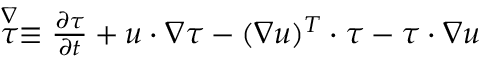
\begin{array} { r } { \stackrel { \nabla } { \boldsymbol { \tau } } \equiv \frac { \partial \boldsymbol { \tau } } { \partial t } + \boldsymbol { u } \cdot \nabla \boldsymbol { \tau } - ( \nabla \boldsymbol { u } ) ^ { T } \cdot \boldsymbol { \tau } - \boldsymbol { \tau } \cdot \nabla \boldsymbol { u } } \end{array}